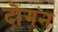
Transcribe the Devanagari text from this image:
दौगन